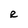
Character: R